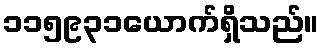
၁၁၅၉၃၁ယောက်ရှိသည်။